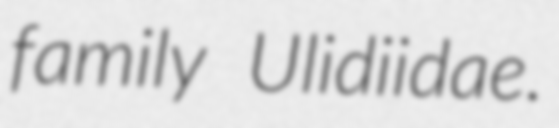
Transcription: family Ulidiidae.